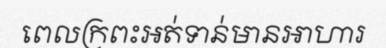
ពេលក្រពះអត់ទាន់មានអាហារ